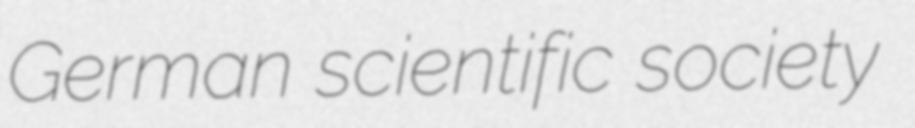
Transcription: German scientific society